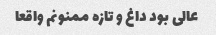
عالی بود داغ و تازه ممنونم واقعا